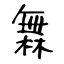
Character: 橆